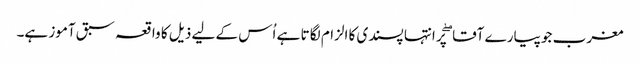
مغرب جو پیارے آقا ۖ پر انتہا پسندی کا الزام لگا تا ہے اُس کے لیے ذیل کا واقعہ سبق آموز ہے۔